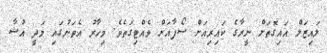
ލައިޒަލް އައިގޮތަށް ނީރާގެ ކައިރިއަށް ސޯފާއަށް ވެއްޓިގަތެވެ. މިހާރު އެތަނުގައި މަދީ އުޝާ